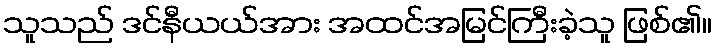
သူသည် ဒင်နီယယ်အား အထင်အမြင်ကြီးခဲ့သူ ဖြစ်၏။